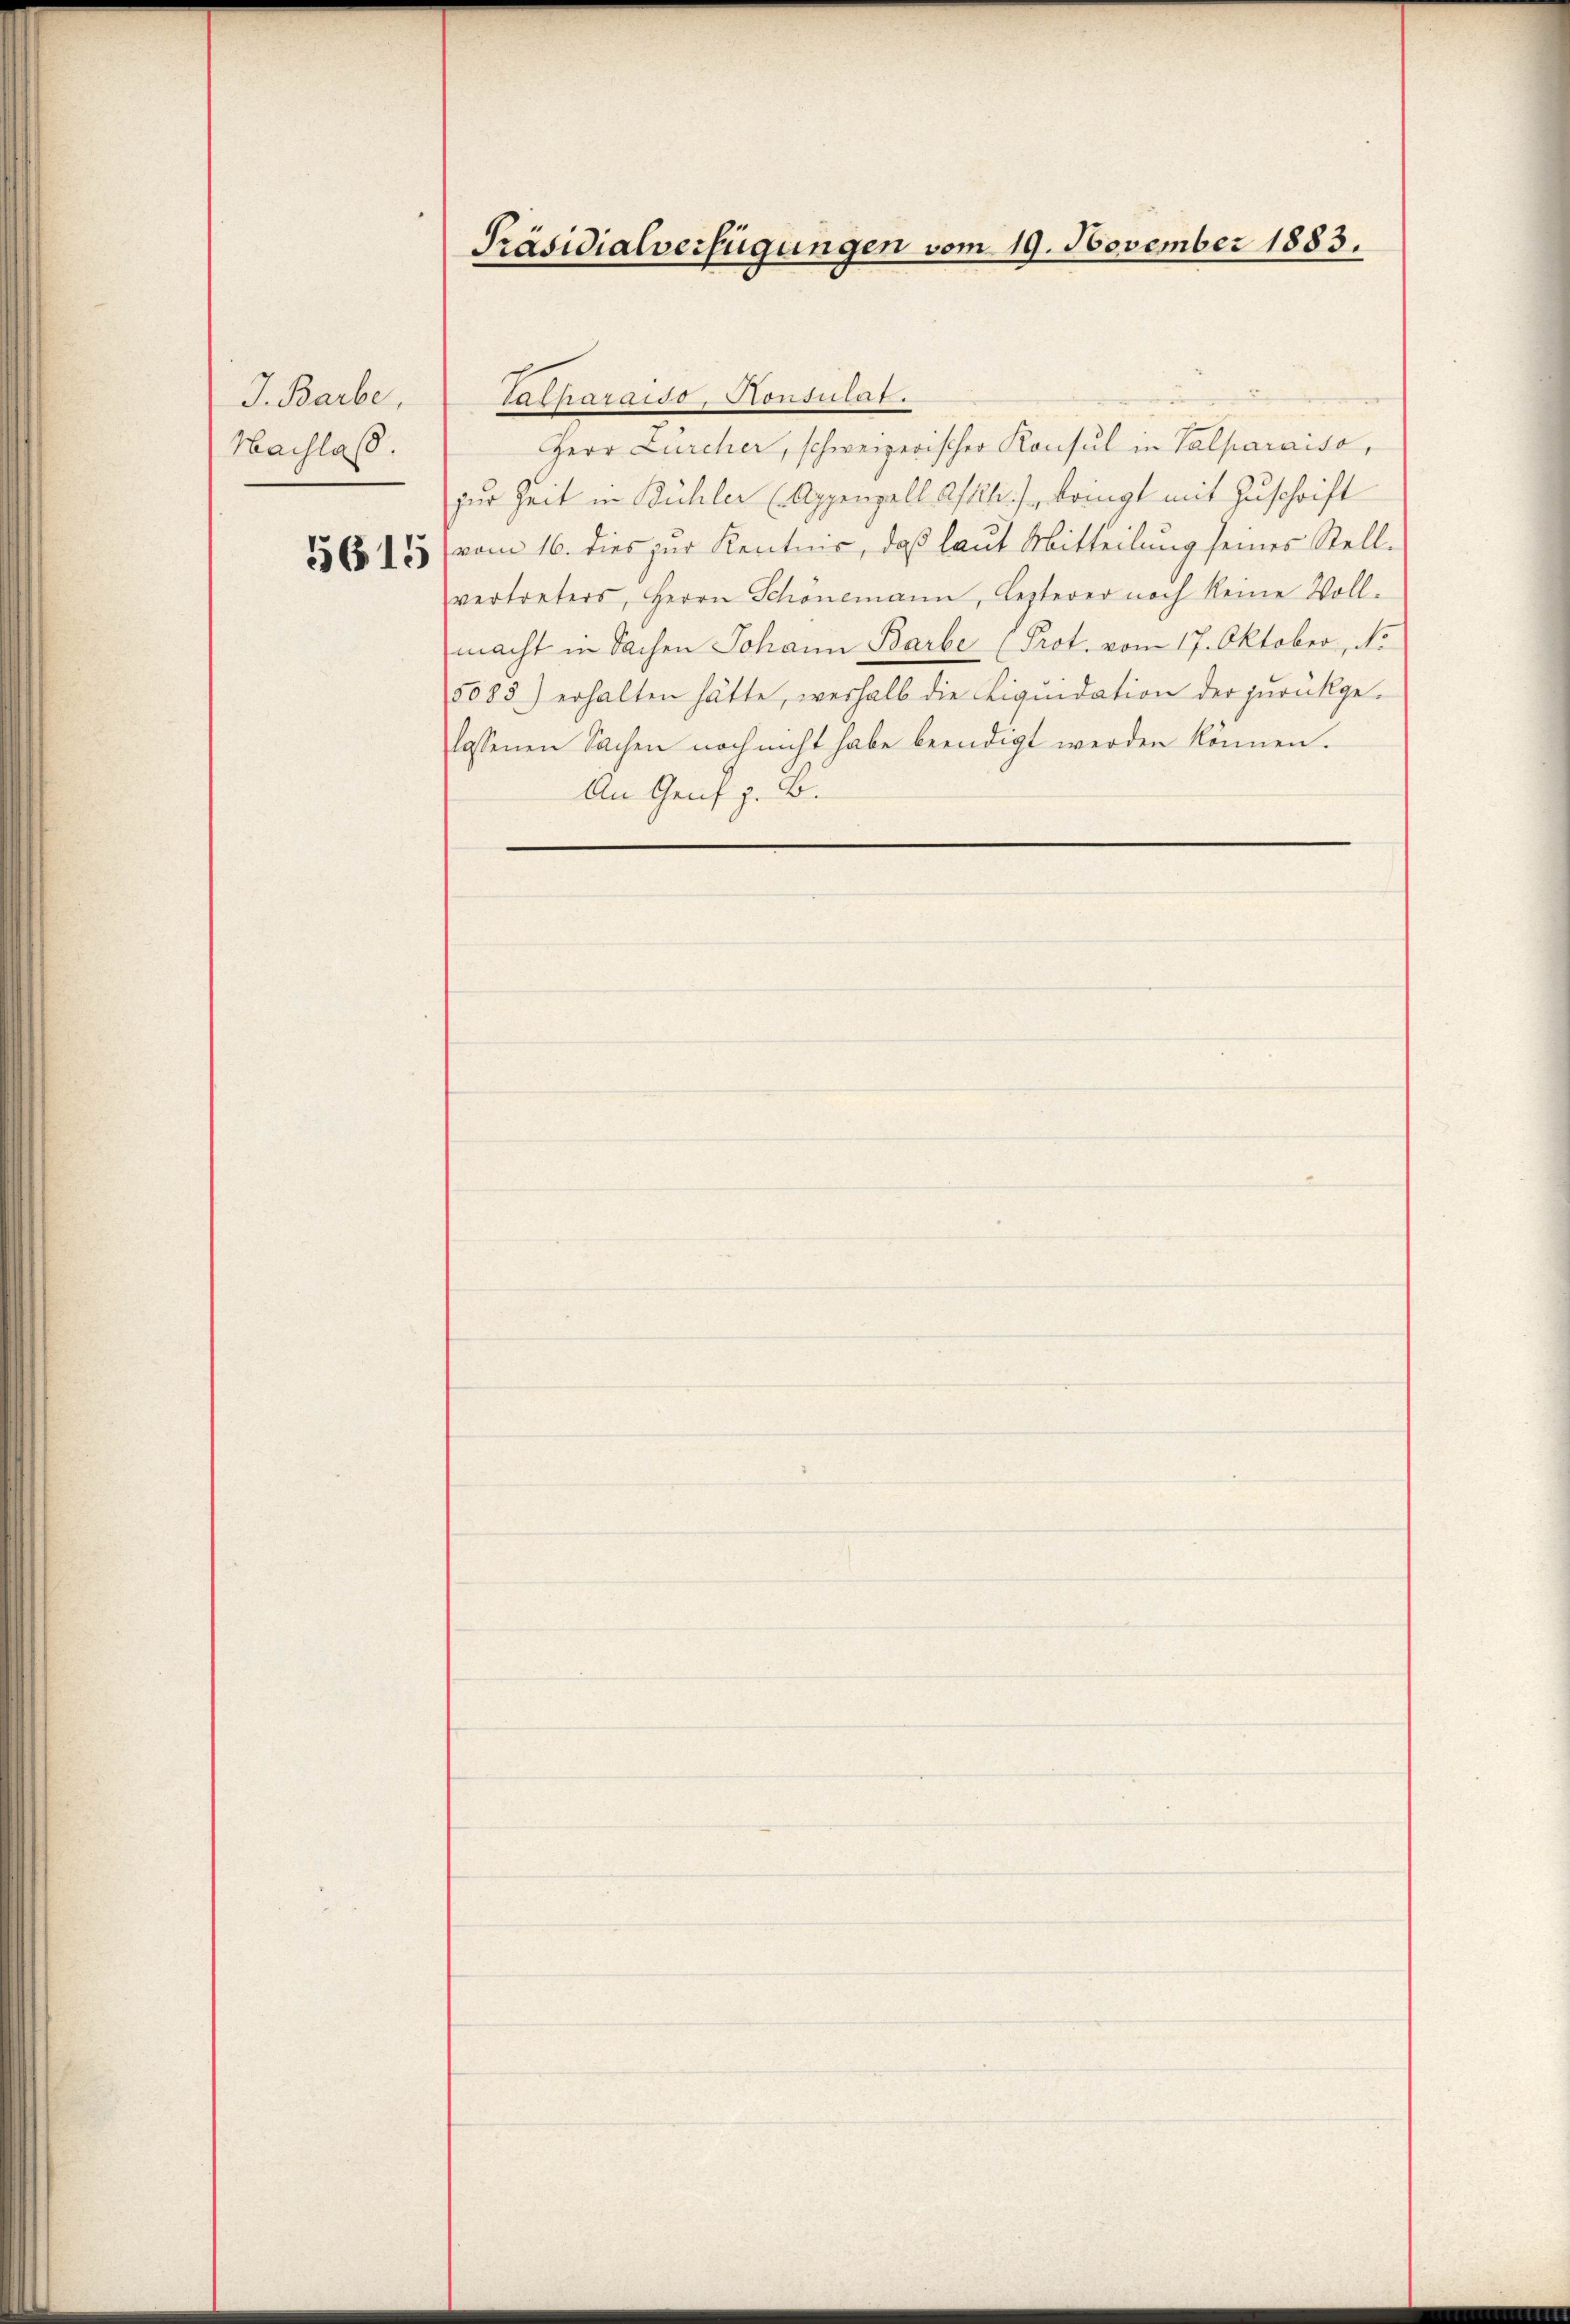
J. Barbe,
Nachlaß.

5615

Präsidialverfügungen vom 19. November 1883.

Herr Zürcher, schweizerischer Konsul in Valparaiso,
zur Zeit in Bühler (Appenzell estlli), bringt mit Zuschrift
vom 16. dies zur Kenntnis, daß laut Mitteilung seines Stellvertreters, Herrn Schönemann, lezterer noch keine Voll-
macht in Sachen Johann Barbe Prot. vom 17. Oktober, No
5085) erhalten hätte, weshalb die Liqŭidation der zŭrückge-
lassenen Sachen noch nicht habe beendigt werden können.
An Genf z. B.

Tacharaiso, Konsulat.